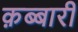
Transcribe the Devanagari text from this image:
क़ब्बारी